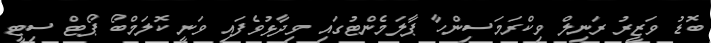
ބޮޑު ވަޒީރު ރަނިލް ވިކްރަމަސިންހާ ޕާލަމެންޓުގައި ވިދާޅުވެފައި ވަނީ ކޮލަމްބޯ ޕޯޓް ސިޓީ